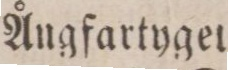
Ångfartyget